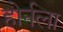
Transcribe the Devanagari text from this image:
होर्नला